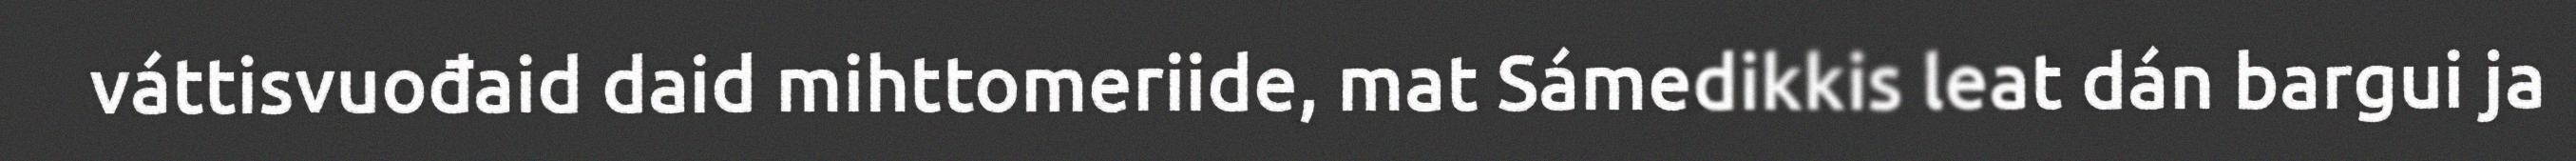
váttisvuođaid daid mihttomeriide, mat Sámedikkis leat dán bargui ja